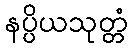
နပ္ပိယသုတ္တံ